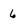
Character: 6